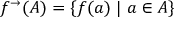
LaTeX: f ^ { \rightarrow } ( A ) = \{ f ( a ) \; | \; a \in A \}